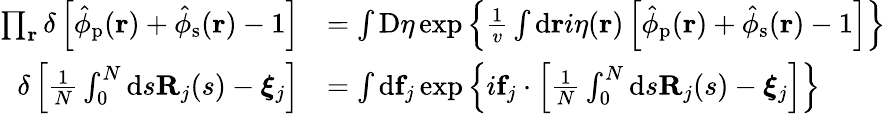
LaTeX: \begin{array}{rl}{\prod_{\mathbf{r}}\delta\left[\hat{\phi}_{\mathrm{p}}(\mathbf{r})+\hat{\phi}_{\mathrm{s}}(\mathbf{r})-1\right]}&{=\int\mathrm{D}\eta\exp\left\{ \frac{1}{v}\int\mathrm{d}\mathbf{r}i\eta(\mathbf{r})\left[\hat{\phi}_{\mathrm{p}}(\mathbf{r})+\hat{\phi}_{\mathrm{s}}(\mathbf{r})-1\right]\right\} }\\ {\delta\left[\frac{1}{N}\int_{0}^{N}\mathrm{d}s\mathbf{R}_{j}(s)-\boldsymbol{\xi}_{j}\right]}&{=\int\mathrm{d}\mathbf{f}_{j}\exp\left\{ i\mathbf{f}_{j}\cdot\left[\frac{1}{N}\int_{0}^{N}\mathrm{d}s\mathbf{R}_{j}(s)-\boldsymbol{\xi}_{j}\right]\right\} }\end{array}